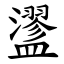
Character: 䀊